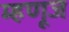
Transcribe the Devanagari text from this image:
म्हणूज